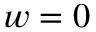
w = 0